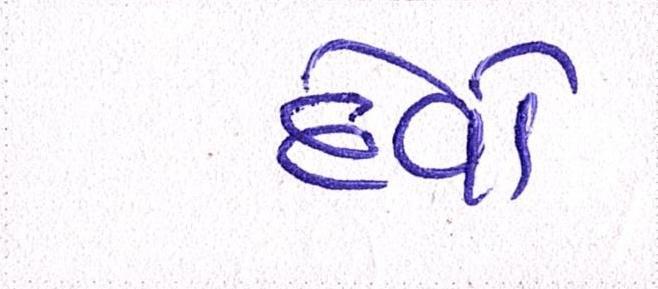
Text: દેવો